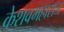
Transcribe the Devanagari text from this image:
केशवमहाराज